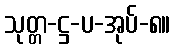
သုတ္တ-ဋ္ဌ-ပ-အုပ်-၈။